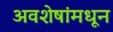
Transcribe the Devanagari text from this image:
अवशेषांमधून